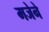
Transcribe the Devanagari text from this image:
मजेने